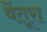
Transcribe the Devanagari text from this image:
वेंतूरा